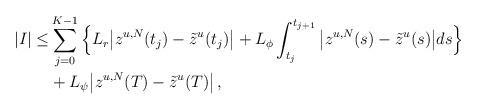
LaTeX: \begin{align*} |I| \le & \sum_{j = 0}^{K-1} \Big\{L_r\big|z^{u, N}(t_j) - \tilde{z}^{u}(t_j)\big| + L_\phi \int_{t_j}^{t_{j+1}} \big|z^{u, N}(s) - \tilde{z}^{u}(s) \big| ds \Big\} \\ & + L_\psi \big|z^{u, N}(T) - \tilde{z}^{u}(T)\big|\,, \end{align*}